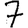
Digit: 7